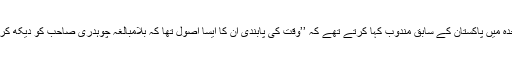
چنانچہ محترم سید یاور علی صاحب اقوام متحدہ میں پاکستان کے سابق مندوب کہا کرتے تھے کہ ’’وقت کی پابندی ان کا ایسا اصول تھا کہ بِلامبالغہ چوہدری صاحب کو دیکھ کر لوگ اپنی گھڑیاں درست کر لیا کرتے تھے۔